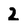
Character: 2